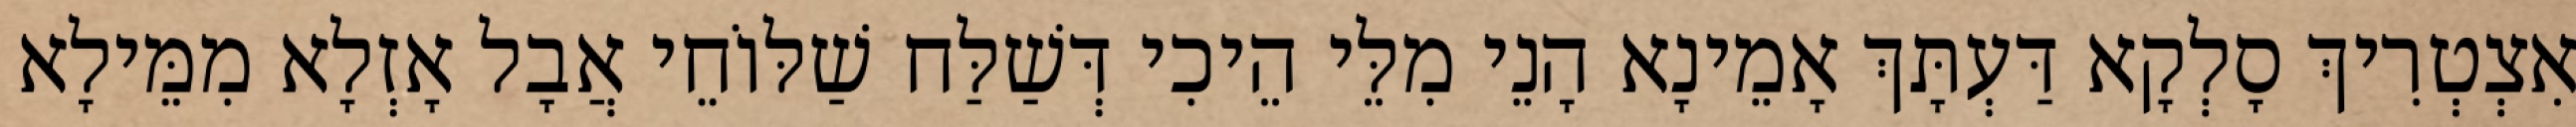
אִצְטְרִיךְ סָלְקָא דַּעְתָּךְ אָמֵינָא הָנֵי מִלֵּי הֵיכִי דְּשַׁלַּח שַׁלּוֹחֵי אֲבָל אָזְלָא מִמֵּילָא